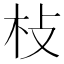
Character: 𣏽